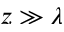
z \gg \lambda